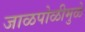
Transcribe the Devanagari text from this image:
जाळपोळीमुळे